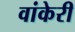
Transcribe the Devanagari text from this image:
वांकेरी